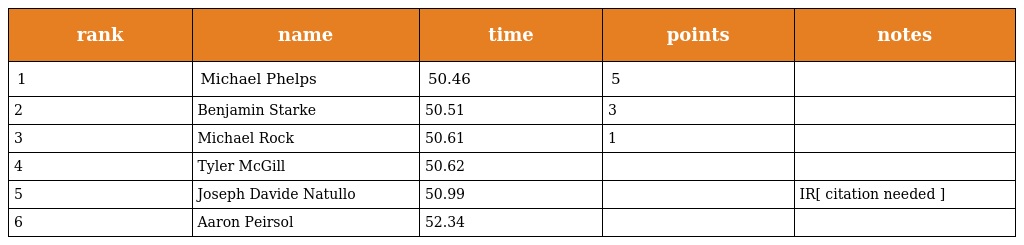
| rank | name | time | points | notes |
 | --- | --- | --- | --- | --- |
 | 1 | Michael Phelps | 50.46 | 5 |  |
 | 2 | Benjamin Starke | 50.51 | 3 |  |
 | 3 | Michael Rock | 50.61 | 1 |  |
 | 4 | Tyler McGill | 50.62 |  |  |
 | 5 | Joseph Davide Natullo | 50.99 |  | IR[ citation needed ] |
 | 6 | Aaron Peirsol | 52.34 |  |  |